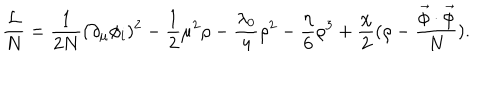
\frac { \cal L } { N } = \frac { 1 } { 2 N } ( \partial _ { \mu } \phi _ { i } ) ^ { 2 } - \frac { 1 } { 2 } \mu ^ { 2 } \rho - \frac { \lambda _ { 0 } } { 4 } \rho ^ { 2 } - \frac { \eta } { 6 } \rho ^ { 3 } + \frac { \chi } { 2 } ( \rho - \frac { \vec { \phi } \cdot \vec { \phi } } { N } ) .